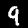
Label: 9